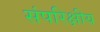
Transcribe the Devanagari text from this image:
संपरिक्षीय